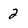
Character: 2